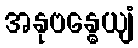
အနုဗန္ဓေယျံ